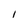
Character: 1